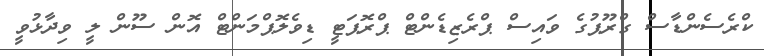
ކްރެސެންޑާސް ގްރޫޕުގެ ވައިސް ޕްރެޒިޑެންޓް ޕްރޮޕަޓީ ޑިވެލޮޕްމަންޓް އޮން ސޫން ލީ ވިދާޅުވީ